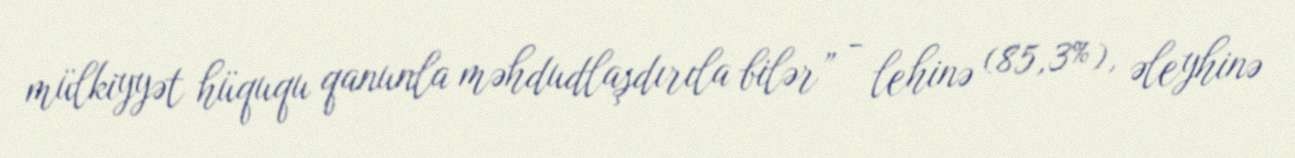
mülkiyyət hüququ qanunla məhdudlaşdırıla bilər” - lehinə (85,3%), əleyhinə